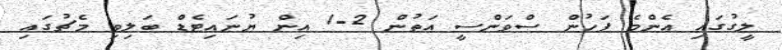
ލީގުގައި އެންމެ ފަހުން ސްވަންސީ އަތުން 2-1 އިން ޔުނައިޓެޑް ބަލިވި މެޗުގައި